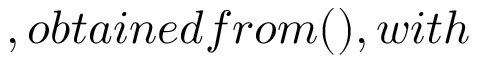
, o b t a i n e d f r o m ( ) , w i t h